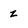
Character: z